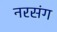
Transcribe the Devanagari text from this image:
नरसंग